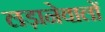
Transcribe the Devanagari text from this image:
लड़ानेवालों